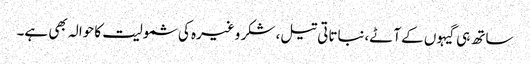
ساتھ ہی گیہوں کے آٹے،نباتاتی تیل، شکر وغیرہ کی شمولیت کا حوالہ بھی ہے۔